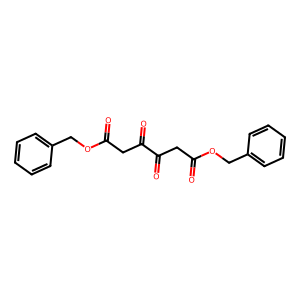
SMILES: O=C(CC(=O)C(=O)CC(=O)OCc1ccccc1)OCc1ccccc1
Inhibits HIV replication: No